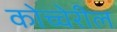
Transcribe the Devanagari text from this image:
कोच्चेरील